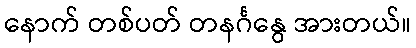
နောက် တစ်ပတ် တနင်္ဂနွေ အားတယ်။